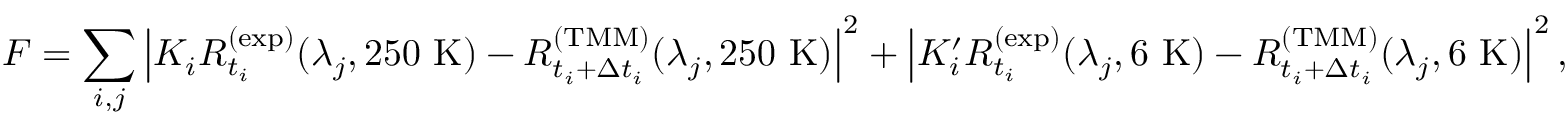
F = \sum _ { i , j } \left| K _ { i } R _ { t _ { i } } ^ { \mathrm { ( e x p ) } } ( \lambda _ { j } , 2 5 0 ~ \mathrm { K } ) - R _ { t _ { i } + \Delta t _ { i } } ^ { \mathrm { ( T M M ) } } ( \lambda _ { j } , 2 5 0 ~ \mathrm { K } ) \right| ^ { 2 } + \left| K _ { i } ^ { \prime } R _ { t _ { i } } ^ { \mathrm { ( e x p ) } } ( \lambda _ { j } , 6 ~ \mathrm { K } ) - R _ { t _ { i } + \Delta t _ { i } } ^ { \mathrm { ( T M M ) } } ( \lambda _ { j } , 6 ~ \mathrm { K } ) \right| ^ { 2 } ,